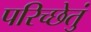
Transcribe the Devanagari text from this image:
परिच्छेतुं